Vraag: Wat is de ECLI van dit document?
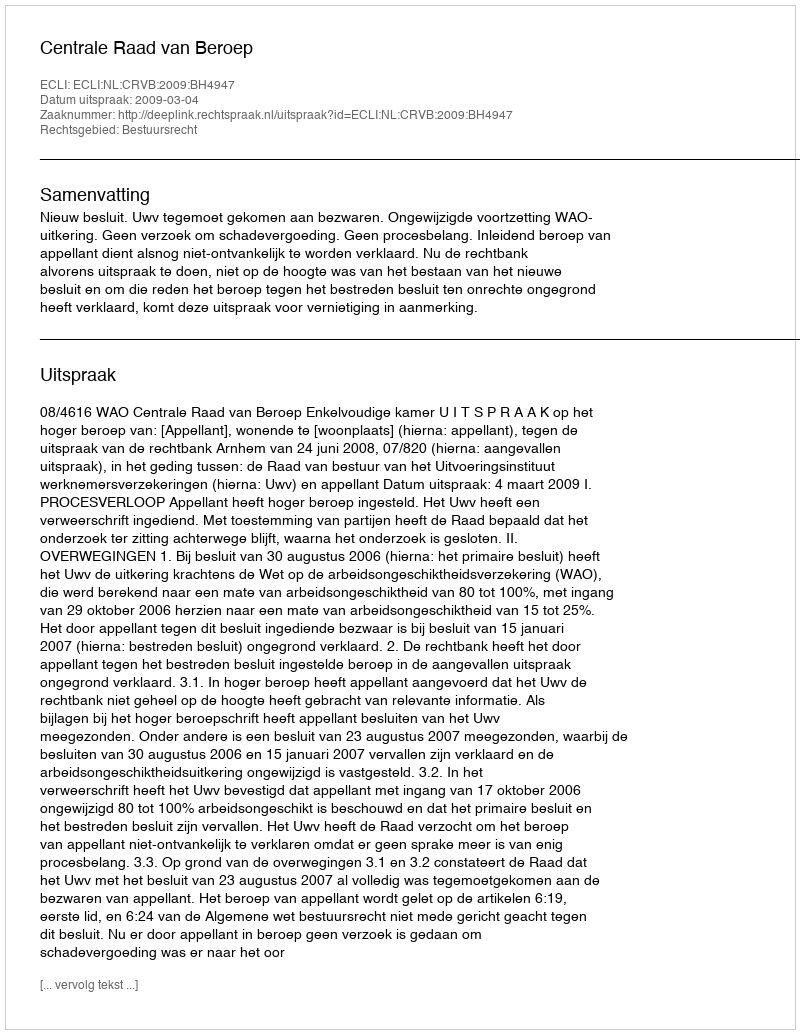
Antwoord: ECLI:NL:CRVB:2009:BH4947